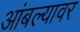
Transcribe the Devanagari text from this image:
आंबल्यावर